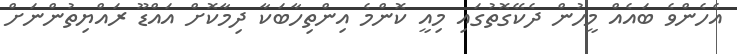
އެހެންވެ ބައެއް މީހުން ދެކޭގޮތުގައި މިއީ ކޮންމެ އިންތިހާބަކާ ދިމާކޮށް އައްޑޫ ރައްޔިތުންނަށް